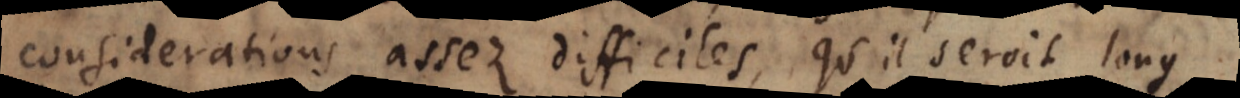
considerations assez difficiles, qu’il seroit long